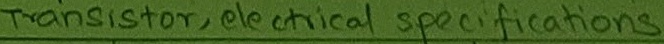
Text: Transistor, electrical specifications